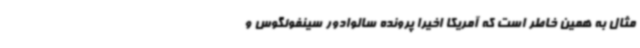
مثال به همین خاطر است که آمریکا اخیرا پرونده سالوادور سینفوئگوس و